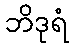
ဘိဒုရံ